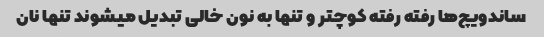
ساندویچ‌ها رفته رفته کوچتر و تنها به نون خالی تبدیل میشوند تنها نان